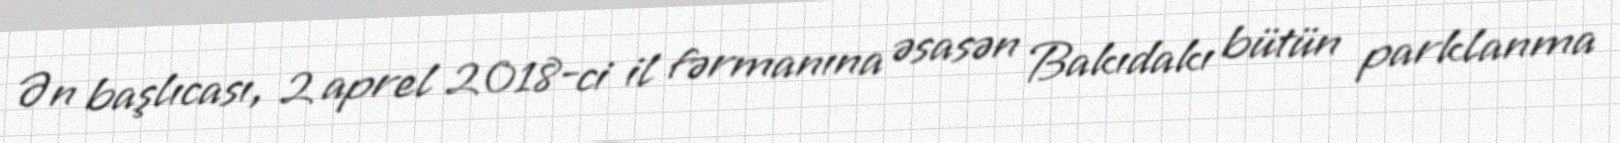
Ən başlıcası, 2 aprel 2018-ci il fərmanına əsasən Bakıdakı bütün parklanma